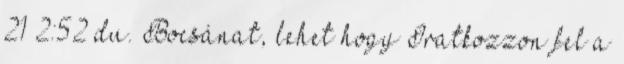
21 2:52 du. Bocsánat, lehet hogy Iratkozzon fel a